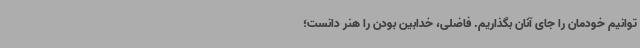
توانیم خودمان را جای آنان بگذاریم. فاضلی، خدابین بودن را هنر دانست؛